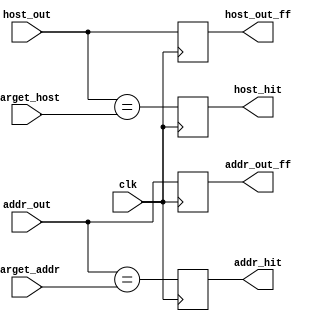
`timescale 1ns / 1ps
/***********************************************************************************************************************
*                                                                                                                      *
* ANTIKERNEL v0.1                                                                                                      *
*                                                                                                                      *
* Copyright (c) 2012-2016 Andrew D. Zonenberg                                                                          *
* All rights reserved.                                                                                                 *
*                                                                                                                      *
* Redistribution and use in source and binary forms, with or without modification, are permitted provided that the     *
* following conditions are met:                                                                                        *
*                                                                                                                      *
*    * Redistributions of source code must retain the above copyright notice, this list of conditions, and the         *
*      following disclaimer.                                                                                           *
*                                                                                                                      *
*    * Redistributions in binary form must reproduce the above copyright notice, this list of conditions and the       *
*      following disclaimer in the documentation and/or other materials provided with the distribution.                *
*                                                                                                                      *
*    * Neither the name of the author nor the names of any contributors may be used to endorse or promote products     *
*      derived from this software without specific prior written permission.                                           *
*                                                                                                                      *
* THIS SOFTWARE IS PROVIDED BY THE AUTHORS "AS IS" AND ANY EXPRESS OR IMPLIED WARRANTIES, INCLUDING, BUT NOT LIMITED   *
* TO, THE IMPLIED WARRANTIES OF MERCHANTABILITY AND FITNESS FOR A PARTICULAR PURPOSE ARE DISCLAIMED. IN NO EVENT SHALL *
* THE AUTHORS BE HELD LIABLE FOR ANY DIRECT, INDIRECT, INCIDENTAL, SPECIAL, EXEMPLARY, OR CONSEQUENTIAL DAMAGES        *
* (INCLUDING, BUT NOT LIMITED TO, PROCUREMENT OF SUBSTITUTE GOODS OR SERVICES; LOSS OF USE, DATA, OR PROFITS; OR       *
* BUSINESS INTERRUPTION) HOWEVER CAUSED AND ON ANY THEORY OF LIABILITY, WHETHER IN CONTRACT, STRICT LIABILITY, OR TORT *
* (INCLUDING NEGLIGENCE OR OTHERWISE) ARISING IN ANY WAY OUT OF THE USE OF THIS SOFTWARE, EVEN IF ADVISED OF THE       *
* POSSIBILITY OF SUCH DAMAGE.                                                                                          *
*                                                                                                                      *
***********************************************************************************************************************/

/**
	@file
	@author Andrew D. Zonenberg
	@brief Search matching for name server
 */
module NOCNameServer_TargetMatching(
	clk,
	host_out, addr_out,
	host_out_ff, addr_out_ff,
	target_host, target_addr,
	host_hit, addr_hit
	);
	
	////////////////////////////////////////////////////////////////////////////////////////////////////////////////////
	// IO declarations
	
	input wire	 		clk;

	input wire[63:0]	host_out;
	input wire[15:0]	addr_out;
	
	output reg[63:0]	host_out_ff	= 0;
	output reg[15:0]	addr_out_ff	= 0;
	
	input wire[63:0]	target_host;
	input wire[15:0]	target_addr;
	
	output reg 			host_hit = 0;
	output reg 			addr_hit = 0;
	
	//Second register stage on memory outputs to improve timing
	always @(posedge clk) begin
		host_out_ff	<= host_out;
		addr_out_ff	<= addr_out;
	end
	
	////////////////////////////////////////////////////////////////////////////////////////////////////////////////////
	// Target matching (done in parallel with second register cycle)

	always @(posedge clk) begin
		addr_hit		<= (addr_out == target_addr);
		host_hit		<= (host_out == target_host);
	end
	
endmodule